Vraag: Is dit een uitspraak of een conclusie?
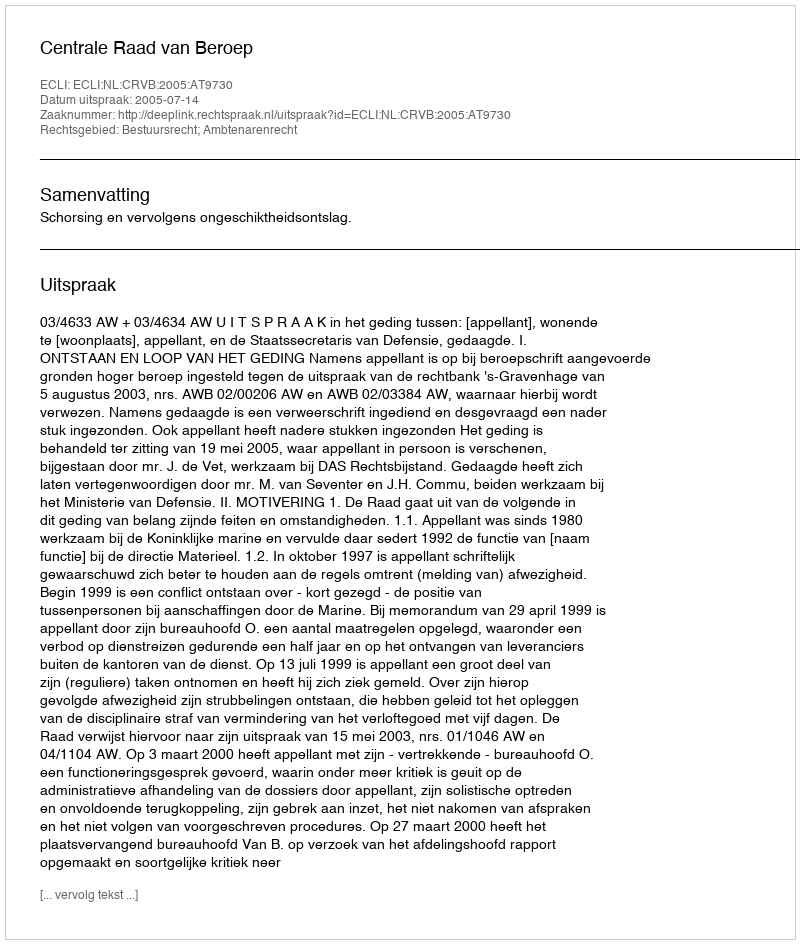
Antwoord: Uitspraak